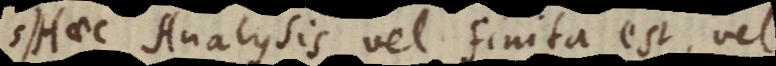
Haec Analysis vel finita est vel